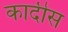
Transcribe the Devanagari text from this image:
कादीस